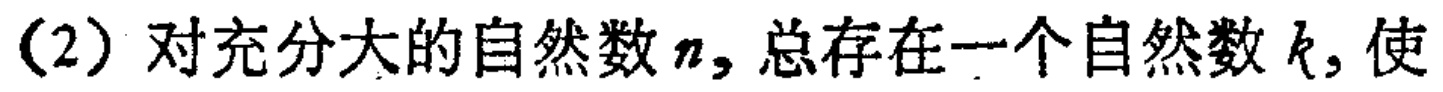
（2）对充分大的自然数\(n\)，总存在一个自然数\(k\)，使